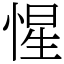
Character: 惺